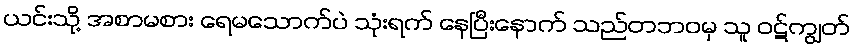
ယင်းသို့ အစာမစား ရေမသောက်ပဲ သုံးရက် နေပြီးနောက် သည်တဘဝမှ သူ ဝဋ်ကျွတ်